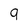
Character: 9